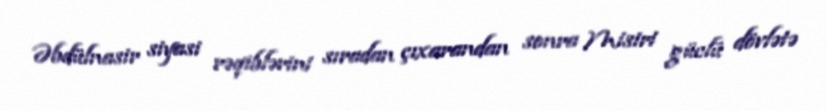
Əbdülnasir siyasi rəqiblərini sıradan çıxarandan sonra Misiri güclü dövlətə